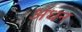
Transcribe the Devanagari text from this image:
अंधन